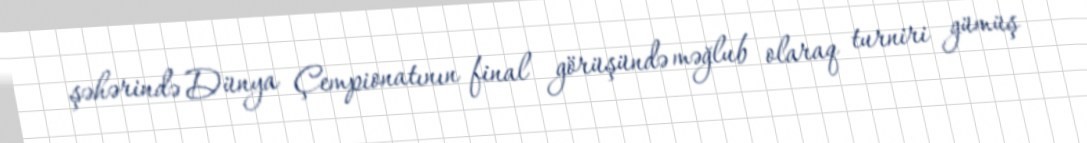
şəhərində Dünya Çempionatının final görüşündə məğlub olaraq turniri gümüş